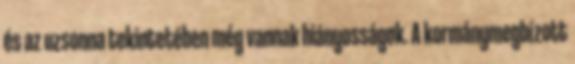
és az uzsonna tekintetében még vannak hiányosságok. A kormánymegbízott